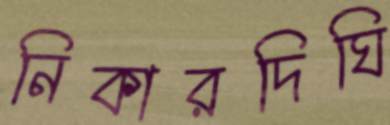
নিকারদিঘি